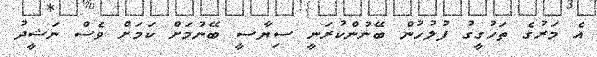
އެ މަރުގެ ތަހުގީގު ފުލުހުން ބޭނުންކުރަނީ ސިޔާސީ ބޭނުމަށް ކަމަށް ވެސް ނަޝީދު